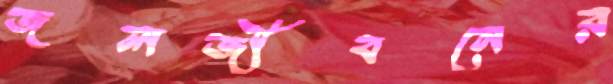
জলজীবনের